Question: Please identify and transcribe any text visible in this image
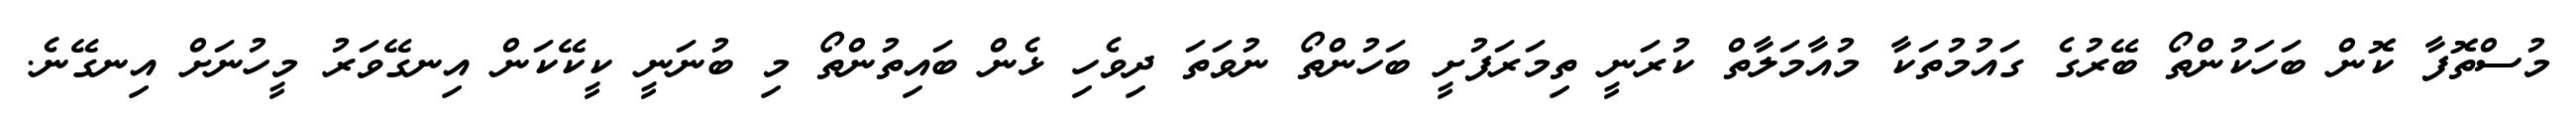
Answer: މުސްތޮފާ ކޮން ބަހަކުންތޯ ބޭރުގެ ގައުމުތަކާ މުއާމަލާތް ކުރަނީ ތިމަރަފުށީ ބަހުންތޯ ނުވަތަ ދިވެހި ޅެން ބައިތުންތޯ މި ބުނަނީ ކީކޭކަން އިނގޭވަރު މީހުނަށް އިނގޭނެ.